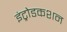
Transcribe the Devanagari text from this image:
इंट्रोडकशन